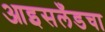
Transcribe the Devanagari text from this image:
आइसलँडचा